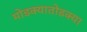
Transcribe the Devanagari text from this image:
मोडक्यातोडक्या